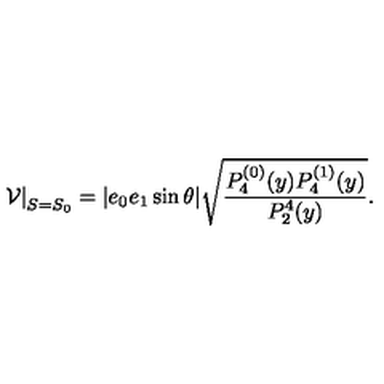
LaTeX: \left. \mathcal { V } \right| _ { S = S _ { 0 } } = | e _ { 0 } e _ { 1 } \sin \theta | \sqrt { \frac { P _ { 4 } ^ { ( 0 ) } ( y ) P _ { 4 } ^ { ( 1 ) } ( y ) } { P _ { 2 } ^ { 4 } ( y ) } } .